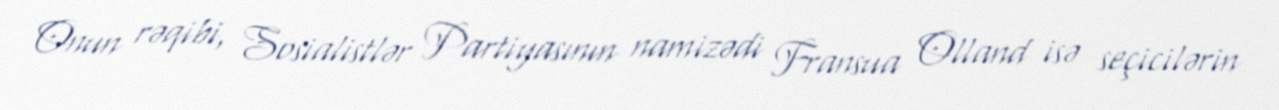
Onun rəqibi, Sosialistlər Partiyasının namizədi Fransua Olland isə seçicilərin